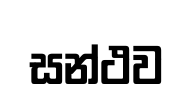
සන්ථව